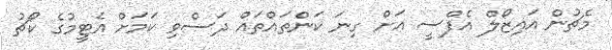
މެޗުން އައިޒޯލް އެފްސީ އަށް ގިނަ ކަންތައްތައް ދަސްވި ކަމަށް އެޓީމުގެ ކޯޗު